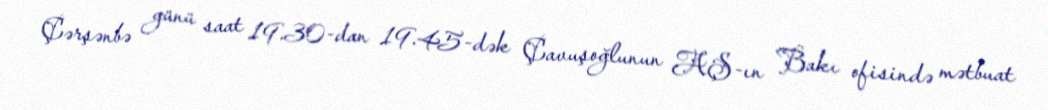
Çərşənbə günü saat 19.30-dan 19.45-dək Çavuşoğlunun AŞ-ın Bakı ofisində mətbuat